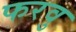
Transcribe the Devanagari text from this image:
फरवु